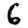
Digit: 6